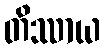
တိဿာယ